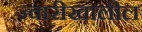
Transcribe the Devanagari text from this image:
ज्वारीखालील